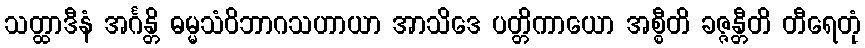
သတ္ထာဒီနံ အင်္ဂန္တိ ဓမ္မသံဝိဘာဂသဟာယာ အာသိဒေ ပတ္တိကာယော အစ္စီတိ ခဇ္ဇန္တီတိ တီရေတုံ